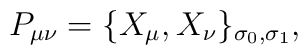
P_{\mu\nu}=\{X_\mu,X_\nu\}_{\sigma_0,\sigma_1},